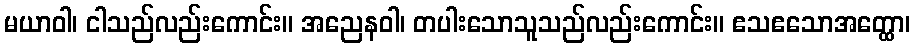
မယာဝါ၊ ငါသည်လည်းကောင်း။ အညေနဝါ၊ တပါးသောသူသည်လည်းကောင်း။ ဧသဧသောအတ္ထော၊